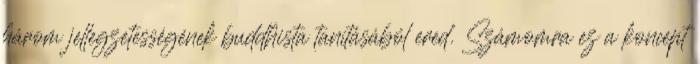
három jellegzetességének buddhista tanításából ered. Számomra ez a koncept